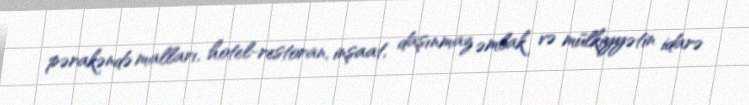
pərakəndə malları, hotel-restoran, inşaat, daşınmaz əmlak və mülkiyyətin idarə